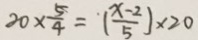
2 0 \times \frac { 5 } { 4 } = ( \frac { x - 2 } { 5 } ) \times 2 0